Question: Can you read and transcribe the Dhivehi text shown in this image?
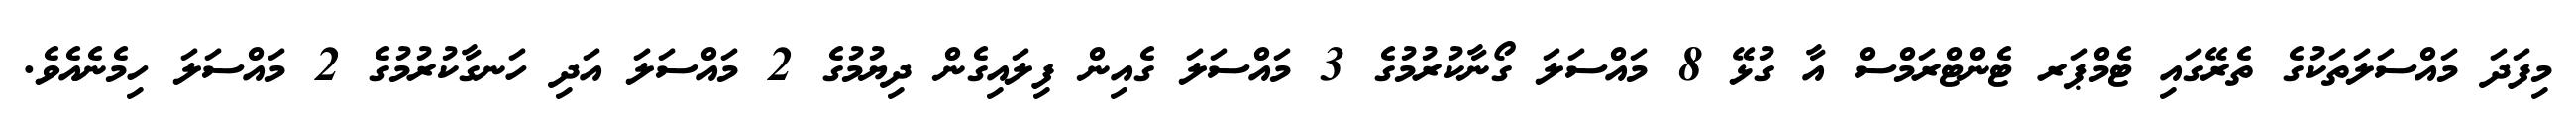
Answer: މިފަދަ މައްސަލަތަކުގެ ތެރޭގައި ޓެމްޕަރ ޓެންޓްރަމްސް އާ ގުޅޭ 8 މައްސަލަ ގޯނާކުރުމުގެ 3 މައްސަލަ ގެއިން ފިލައިގެން ދިޔުމުގެ 2 މައްސަލަ އަދި ހަނގާކުރުމުގެ 2 މައްސަލަ ހިމެނެއެވެ.